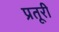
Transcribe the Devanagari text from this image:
प्रतूरी